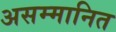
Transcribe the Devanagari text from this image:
असम्मानित